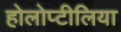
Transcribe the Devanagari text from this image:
होलोप्टीलिया